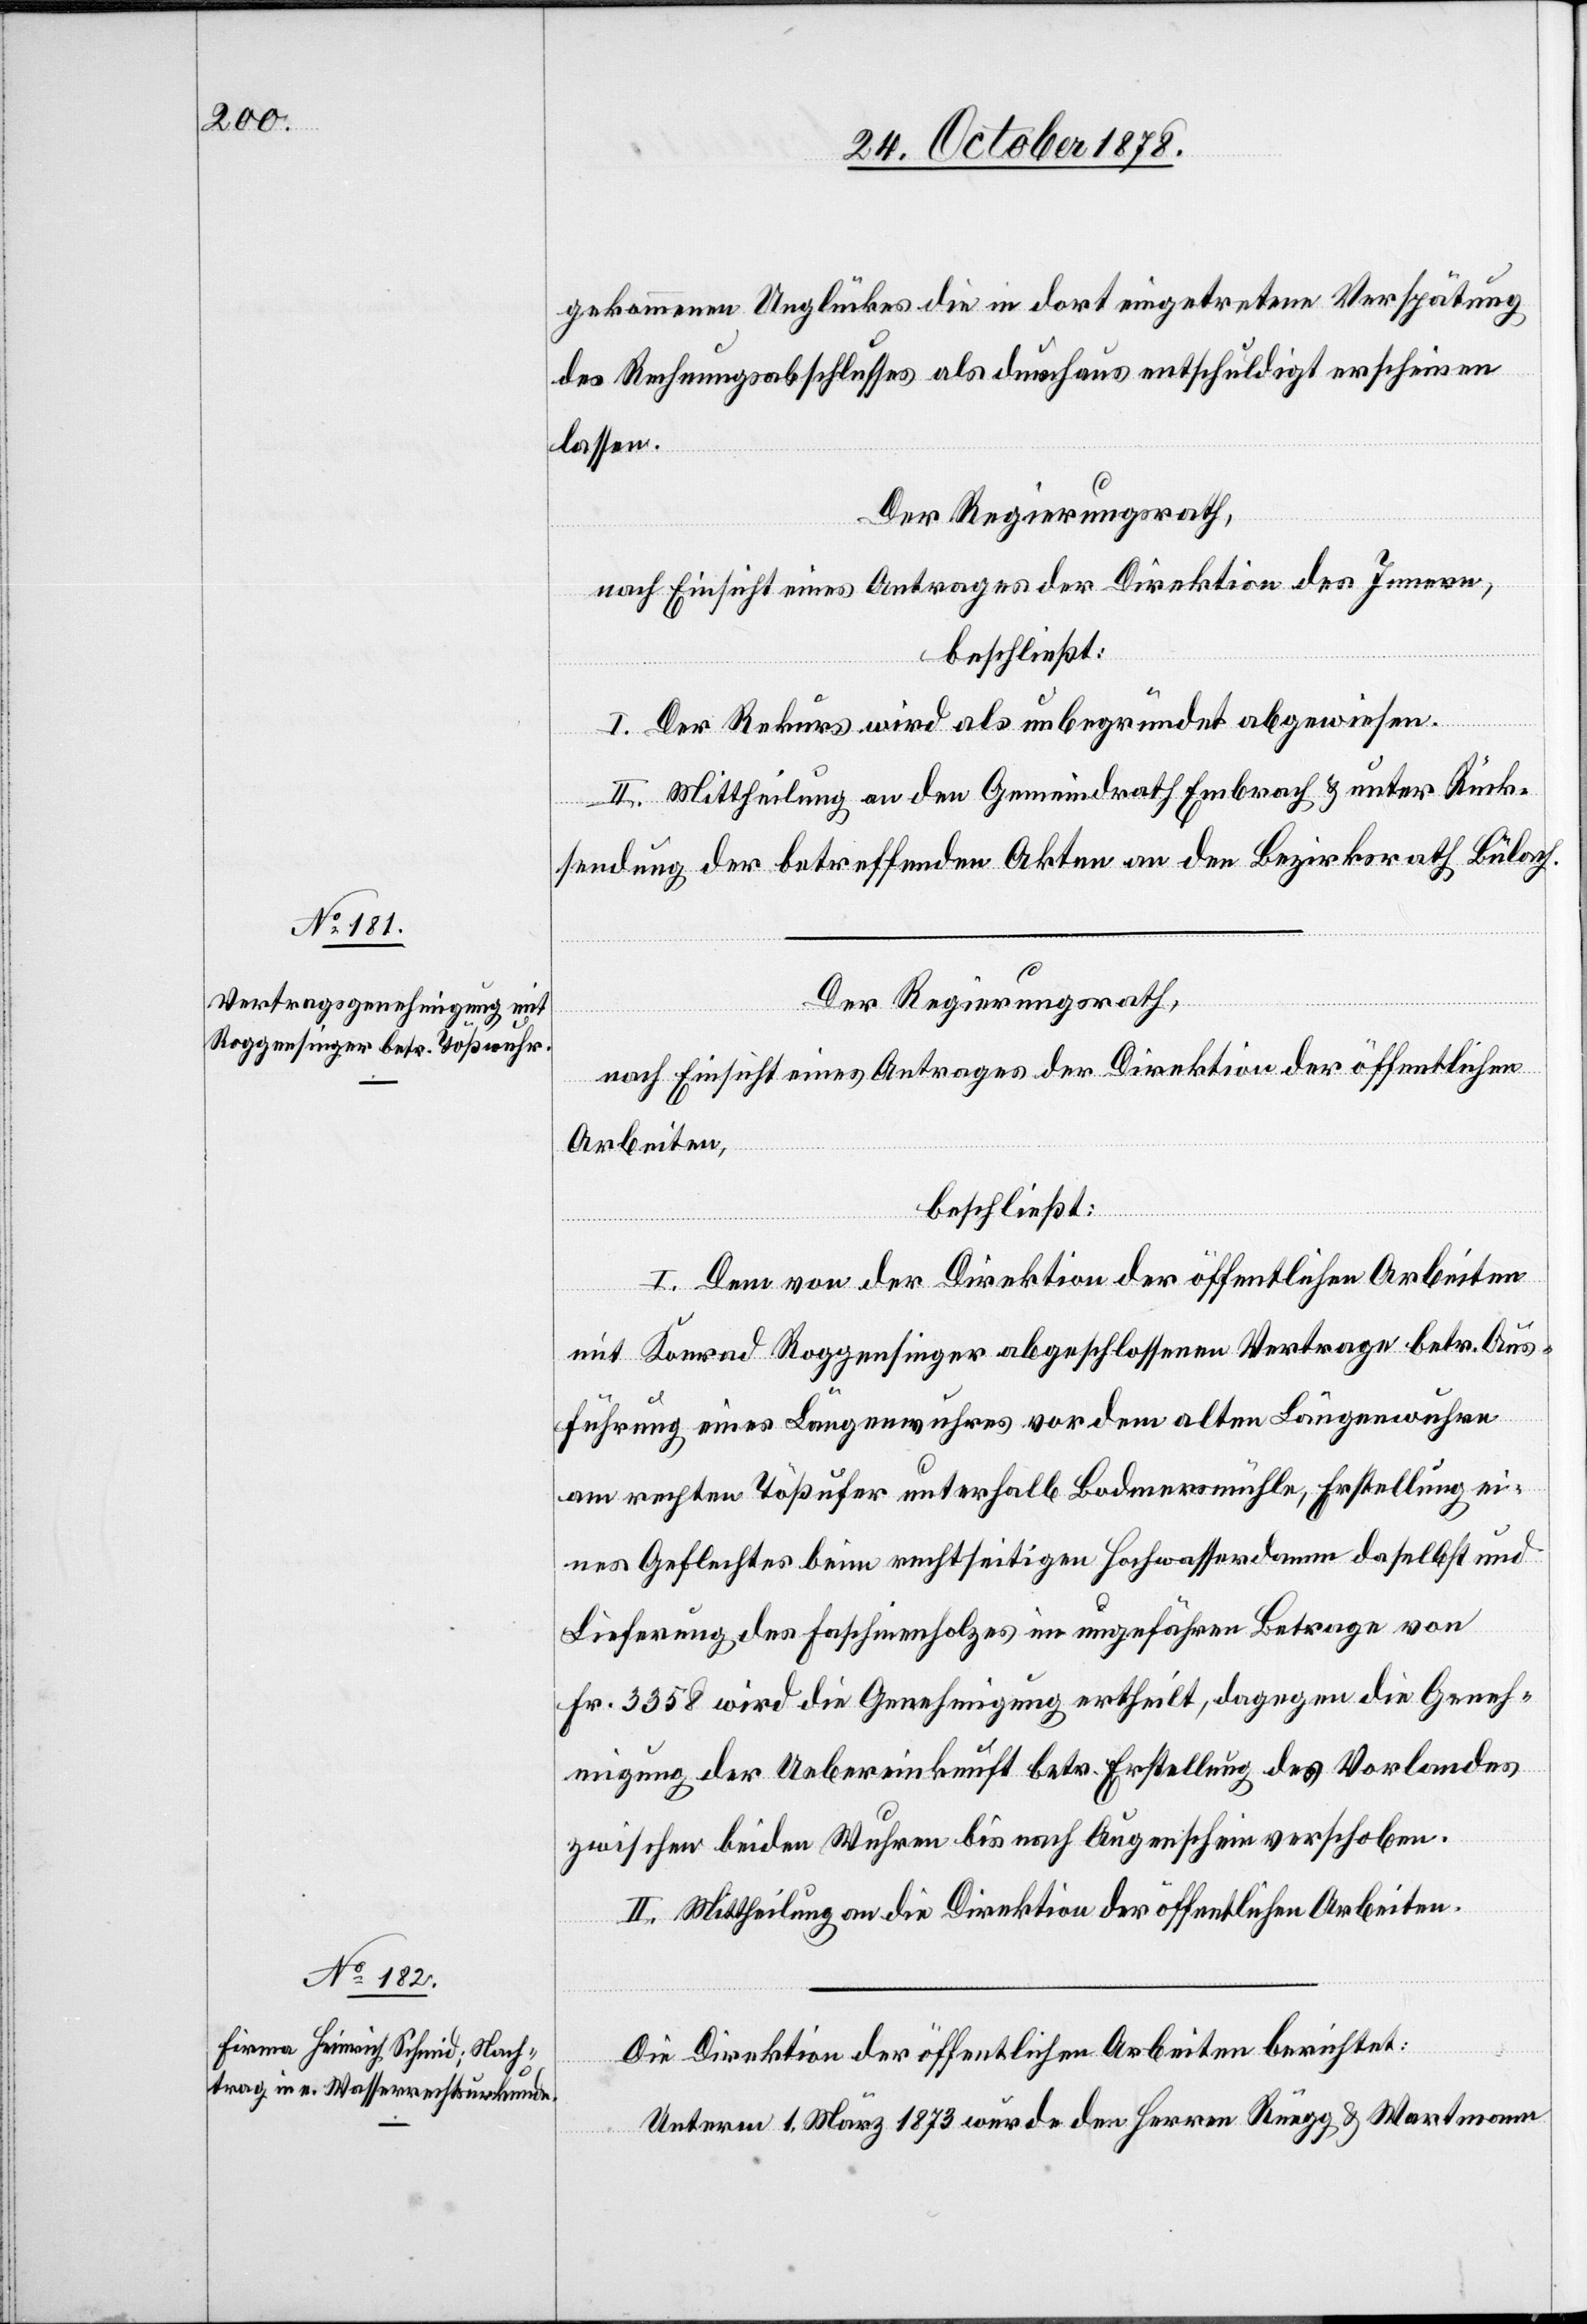
gekommenen Unglücks die in dort eingetrene Verspätung
des Rechnungabschlusses als durchaus entschuldigt erscheinen
lassen.
Der Regierungsrath,
nach Einsicht eines Antrages der Direktion des Innern,
beschließt:
I. Der Rekurs wird als unbegründet abgewiesen.
II. Mittheilung an den Gemeindrath Embrach & unter Rück¬
sendung der betreffenden Akten an den Bezirksrath Bülach.
Der Regierungsrath,
nach Einsicht eines Antrages der Direktion der öffentlichen
Arbeiten,
beschließt:
I. Dem von der Direktion der öffentlichen Arbeiten
mit Konrad Roggensinger abgeschlossenen Vertrage betr. Aus¬
führung eines Längenwuhres vor dem alten Längenwuhre
am rechten Tößufer unterhalb Bodmersmühle, Erstellung ei¬
nes Geflechtes beim rechtseitigen Hochwasserdamm daselbst und
Lieferung des Faschinenholzes im ungefähren Betrage von
Fr. 3358 wird die Genehmigung ertheilt, dagegen die Geneh¬
migung der Uebereinkunft betr. Erstellung des Vorlandes
zwischen beiden Wuhren bis nach Augenschein verschoben.
II. Mittheilung an die Direktion der öffentlichen Arbeiten.
Die Direktion der öffentlichen Arbeiten berichtet:
Unterm 1. März 1878 wurde den Herren Rüegg & Wartmann